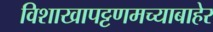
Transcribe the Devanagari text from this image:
विशाखापट्टणमच्याबाहेर